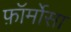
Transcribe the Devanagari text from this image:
फ़ॉर्मोसा